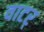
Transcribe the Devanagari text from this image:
वाटर्